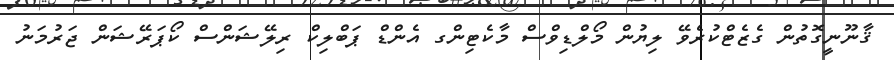
ޤާނޫނީގޮތުން ގެޒެޓްކުރެވޭ ލިޔުން މޯލްޑިވްސް މާކެޓިންގ އެންޑް ޕަބްލިކް ރިލޭޝަންސް ކޯޕަރޭޝަން ޖަރުމަނު